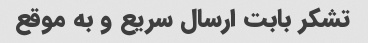
تشکر بابت ارسال سریع و به موقع